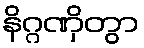
နိဂ္ဂဏှိတွာ